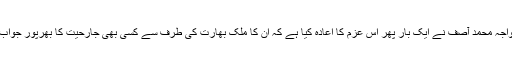
ادھر پاکستان کے وزیر دفاع خواجہ محمد آصف نے ایک بار پھر اس عزم کا اعادہ کیا ہے کہ ان کا ملک بھارت کی طرف سے کسی بھی جارحیت کا بھرپور جواب دینے کی صلاحیت رکھتا ہے۔